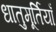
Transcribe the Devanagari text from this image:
धातुमूर्तियाँ